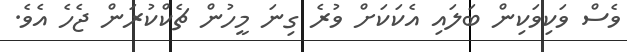
ވެސް ވަކިވަކިން ބަލައި އެކަކަށް ވުރެ ގިނަ މީހުން ޗެކްކުރަން ޖެހެ އެވެ.